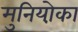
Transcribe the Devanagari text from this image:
मुनियो़का